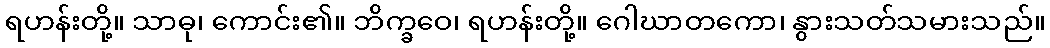
ရဟန်းတို့။ သာဓု၊ ကောင်း၏။ ဘိက္ခဝေ၊ ရဟန်းတို့။ ဂေါဃာတကော၊ နွားသတ်သမားသည်။